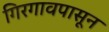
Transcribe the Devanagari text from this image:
गिरगावपासून